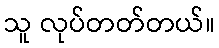
သူ လုပ်တတ်တယ်။